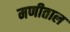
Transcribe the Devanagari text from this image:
मणीताल